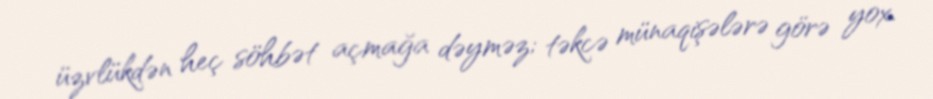
üzvlükdən heç söhbət açmağa dəyməz; təkcə münaqişələrə görə yox.